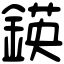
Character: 鍈